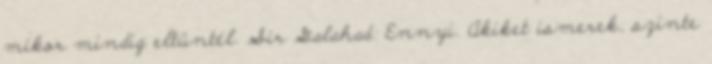
mikor mindig eltüntél. Sir Galahad: Ennyi. Akiket ismerek, szinte